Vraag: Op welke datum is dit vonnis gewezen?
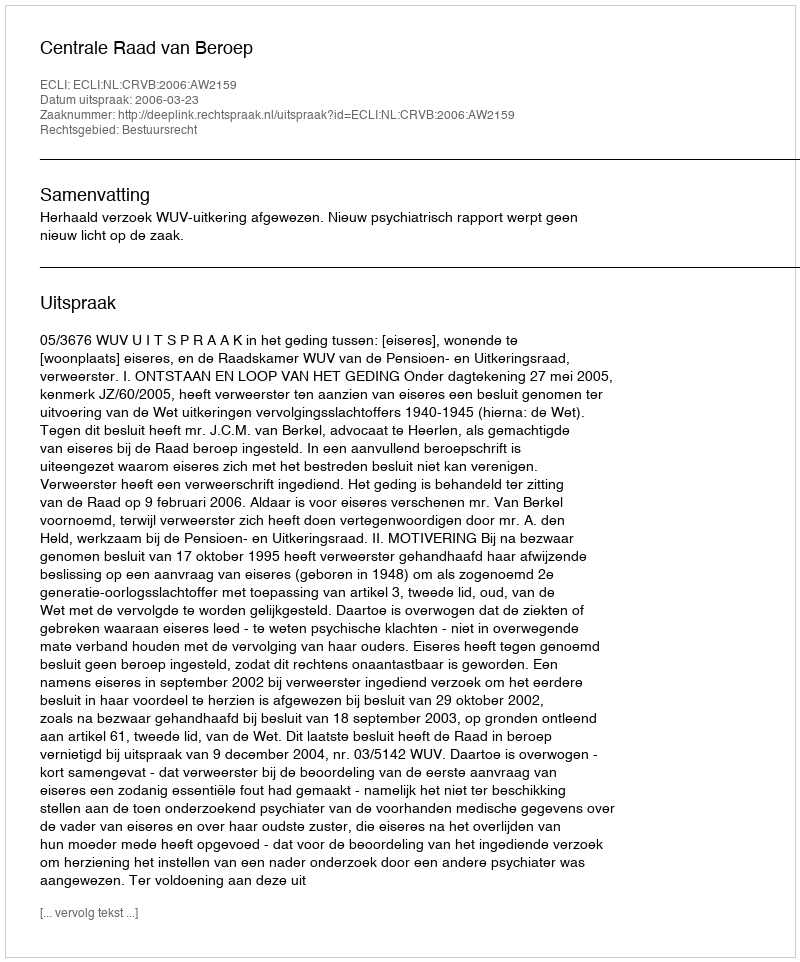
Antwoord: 2006-03-23